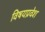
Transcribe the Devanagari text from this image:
विषयप्रवेश